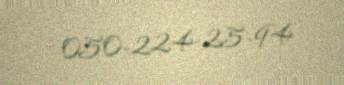
050-224-25-94